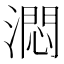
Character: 㵍